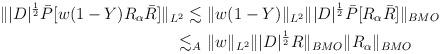
LaTeX: \begin{align*}\| |D|^\frac12 \bar P[ w(1-Y) R_\alpha \bar R]\|_{L^2}\lesssim & \ \| w(1-Y)\|_{L^2} \| |D|^\frac12 \bar P[R_\alpha \bar R]\|_{BMO}\\\lesssim_A & \ \|w\|_{L^2} \| |D|^\frac12 R\|_{BMO} \|R_\alpha\|_{BMO}\end{align*}